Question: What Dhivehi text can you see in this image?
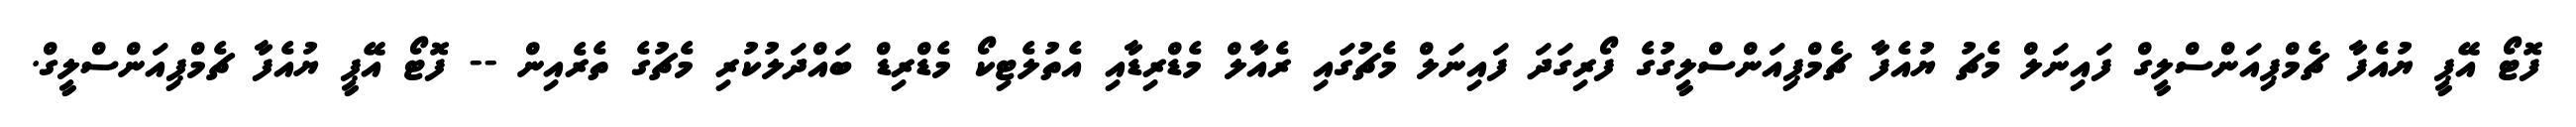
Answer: ފޮޓޯ އޭޕީ ޔުއެފާ ޗެމްޕިއަންސްލީގް ފައިނަލް މެޗު ޔުއެފާ ޗެމްޕިއަންސްލީގުގެ ފޯރިގަދަ ފައިނަލް މެޗުގައި ރެއާލް މެޑްރިޑާއި އެތުލެޓިކޯ މެޑްރިޑް ބައްދަލުކުރި މެޗުގެ ތެރެއިން -- ފޮޓޯ އޭޕީ ޔުއެފާ ޗެމްޕިއަންސްލީގް.